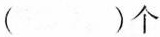
（）个